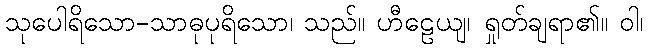
သုပေါရိသော-သာဓုပုရိသော၊ သည်။ ဟီဠေယျ၊ ရှုတ်ချရာ၏။ ဝါ၊